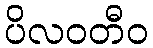
ပိလဝတီဝ